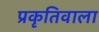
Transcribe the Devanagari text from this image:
प्रकृतिवाला